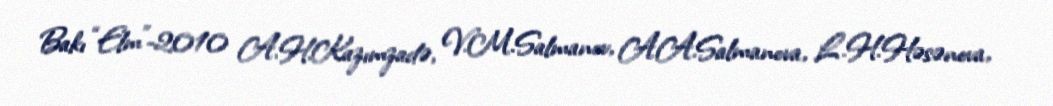
Bakı “Elm”-2010 A.H.Kazımzadə, V.M.Salmanov, A.A.Salmanova, L.H.Həsənova,